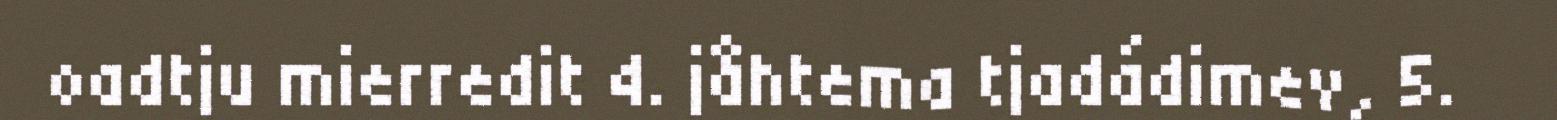
oadtju mierredit 4. jåhtema tjadádimev, 5.